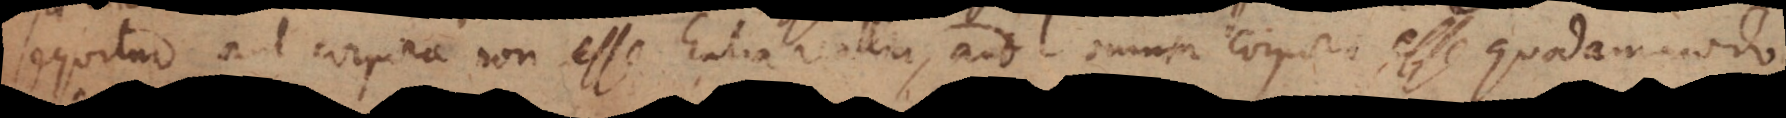
sequitur aut corpora non esse Entia realia, aut omnia corpora esse quodammodo